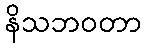
နိသဘဝတာ